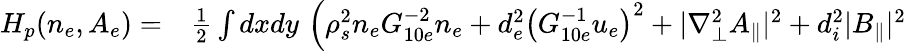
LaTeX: \begin{array}{rl}{H_{p}(n_{e},A_{e})=}&{{}\frac{1}{2}\int dxdy\, \left(\rho_{s}^{2}n_{e}G_{10e}^{-2}n_{e}+d_{e}^{2}\left(G_{10e}^{-1}u_{e}\right)^{2}+|\nabla_{\perp}^{2}A_{\parallel}|^{2}+d_{i}^{2}|B_{\parallel}|^{2}\right.}\end{array}